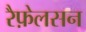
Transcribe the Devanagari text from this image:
रैफ़ेलसन